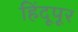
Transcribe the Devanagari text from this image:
हिंदूपूर